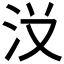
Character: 𱥺